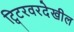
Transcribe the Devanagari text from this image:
ट्विटरवरदेखील